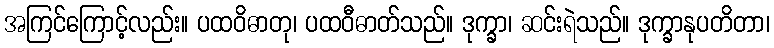
အကြင်ကြောင့်လည်း။ ပထဝိဓာတု၊ ပထဝီဓာတ်သည်။ ဒုက္ခာ၊ ဆင်းရဲသည်။ ဒုက္ခာနုပတိတာ၊